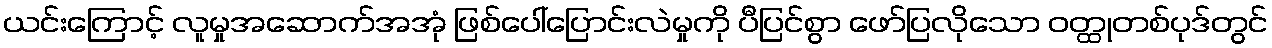
ယင်းကြောင့် လူမှုအဆောက်အအုံ ဖြစ်ပေါ်ပြောင်းလဲမှုကို ပီပြင်စွာ ဖော်ပြလိုသော ဝတ္ထုတစ်ပုဒ်တွင်